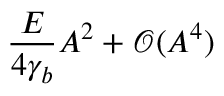
\frac { E } { 4 \gamma _ { b } } A ^ { 2 } + \mathcal { O } ( A ^ { 4 } )